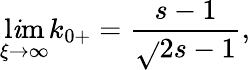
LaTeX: \operatorname*{l\mathit{i}m}_{\xi\rightarrow\infty}k_{0+}=\frac{{s-1}}{{\sqrt{}{{2s-1}}}},